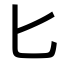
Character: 匕